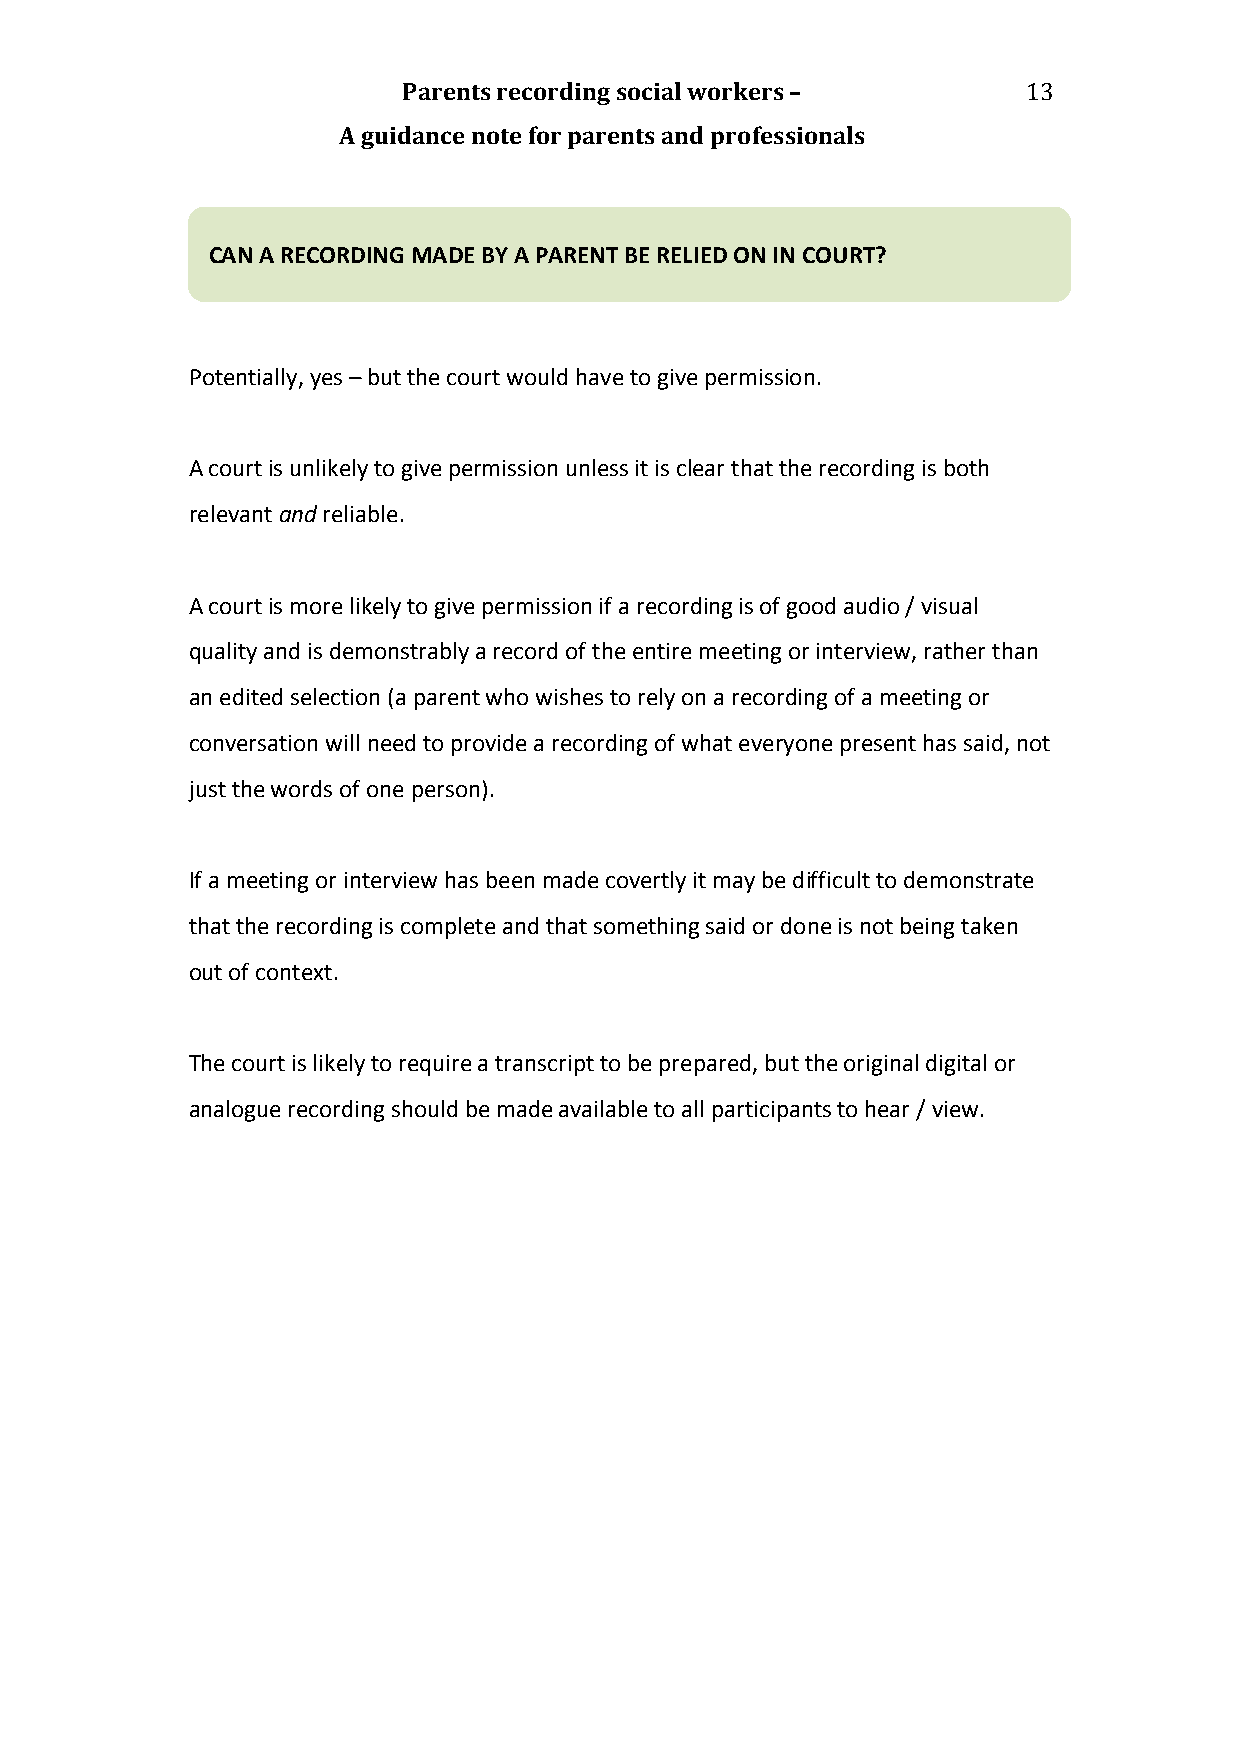
Parents recording social workers –       13
 A guidance note for parents and professionals
 CAN A RECORDING MADE BY A PARENT BE RELIED ON IN COURT?
 Potentially, yes – but the court would have to give permission.
 A court is unlikely to give permission unless it is clear that the recording is both
 relevant and reliable.
 A court is more likely to give permission if a recording is of good audio / visual
 quality and is demonstrably a record of the entire meeting or interview, rather than
 an edited selection (a parent who wishes to rely on a recording of a meeting or
 conversation will need to provide a recording of what everyone present has said, not
 just the words of one person).
 If a meeting or interview has been made covertly it may be difficult to demonstrate
 that the recording is complete and that something said or done is not being taken
 out of context.
 The court is likely to require a transcript to be prepared, but the original digital or
 analogue recording should be made available to all participants to hear / view.